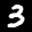
Label: 3